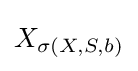
X_{\sigma (X,S,b)}